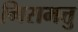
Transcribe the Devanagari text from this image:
गिरामत्तु